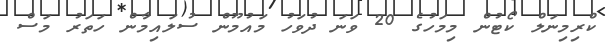
ކްރިމިނަލް ކޯޓުން މިމަހުގެ 20 ވަނަ ދުވަހު މައުމޫން ސުލައިމާން ހަތަރު މަސް